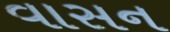
વાસન